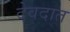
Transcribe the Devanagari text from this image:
देवदात